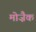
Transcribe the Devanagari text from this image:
मोज़ैक